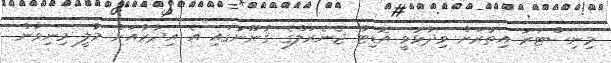
މިނިސްޓަރު އިތުރަށް ވިދާޅުވީ އޮޑިޓާ ޖެނެރަލްގެ ޤާނޫނުގައި އެ އިދާރާއަށް މާލީ މިނިވަން